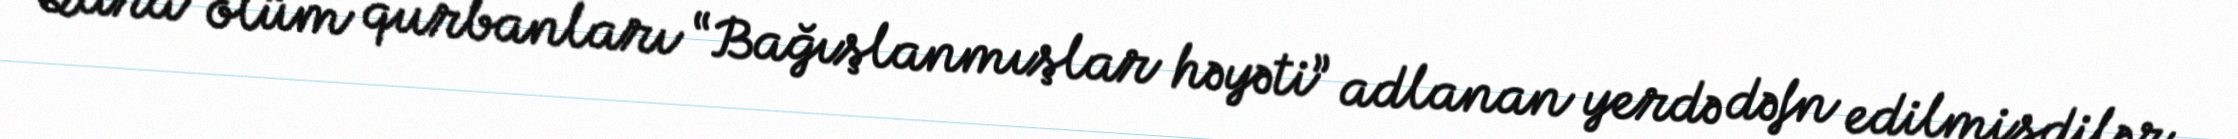
Qara ölüm qurbanları “Bağışlanmışlar həyəti” adlanan yerdə dəfn edilmişdilər.